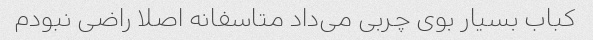
کباب بسیار بوی چربی می‌داد متاسفانه اصلا راضی نبودم